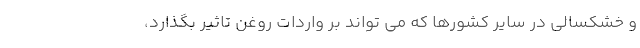
و خشکسالی در سایر کشورها که می تواند بر واردات روغن تاثیر بگذارد،